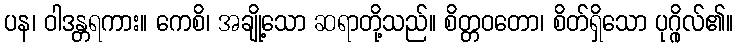
ပန၊ ဝါဒန္တရကား။ ကေစိ၊ အချို့သော ဆရာတို့သည်။ စိတ္တဝတော၊ စိတ်ရှိသော ပုဂ္ဂိုလ်၏။